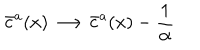
\bar { c } ^ { a } ( x ) \longrightarrow \bar { c } ^ { a } ( x ) - \frac { 1 } { \alpha }